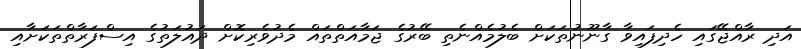
އަދި ރާއްޖޭގައި ހެދިފައިވާ ގާނޫނުތަކަށް ބެލުމެއްނެތި ބޭރުގެ ޖަމާއަތްތައް މެދުވެރިކޮށް ދައުލަތުގެ އިސްފަރާތްތަކަށާއި